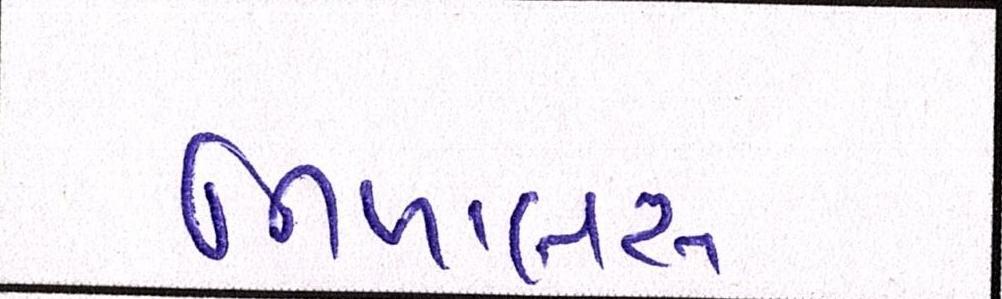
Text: નિખાલસ